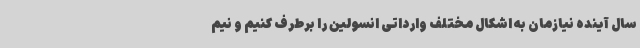
سال آینده نیازمان به اشکال مختلف وارداتی انسولین را برطرف کنیم و نیم